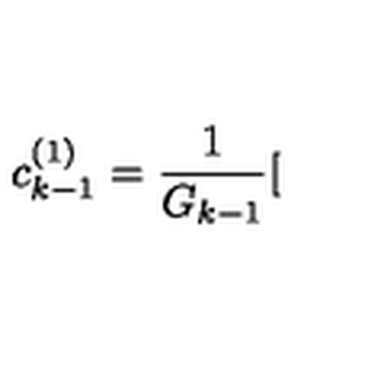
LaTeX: c _ { k - 1 } ^ { ( 1 ) } = \frac { 1 } { G _ { k - 1 } } [